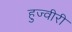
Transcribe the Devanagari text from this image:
हुज्वीरी